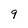
Character: 9